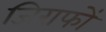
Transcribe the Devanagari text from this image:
जिराफों